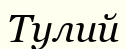
Тулий